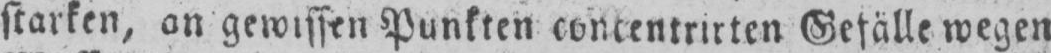
starken, an gewissen Punkten concentrirten Gefälle wegen